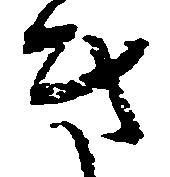
き